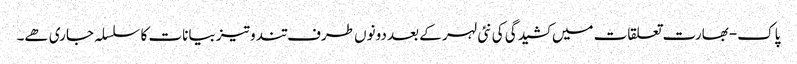
پاک-بھارت تعلقات میں کشیدگی کی نئی لہر کے بعد دونوں طرف تند و تیز بیانات کا سلسلہ جاری ھے۔